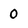
Character: 0